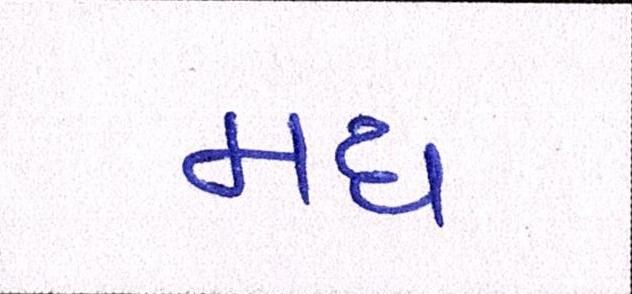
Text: મધ